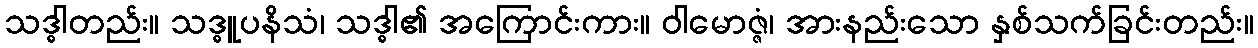
သဒ္ဓါတည်း။ သဒ္ဓူပနိသံ၊ သဒ္ဓါ၏ အကြောင်းကား။ ဝါမောဇ္ဇံ၊ အားနည်းသော နှစ်သက်ခြင်းတည်း။